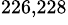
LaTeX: ^{226,228}